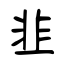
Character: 韭